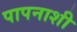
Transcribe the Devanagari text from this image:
पापनाशी